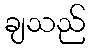
ချသည်